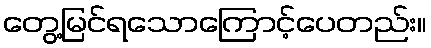
တွေ့မြင်ရသောကြောင့်ပေတည်း။